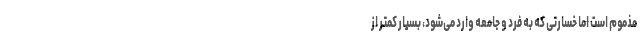
مذموم است اما خسارتی که به فرد و جامعه وارد می‌شود، بسیار کمتر از